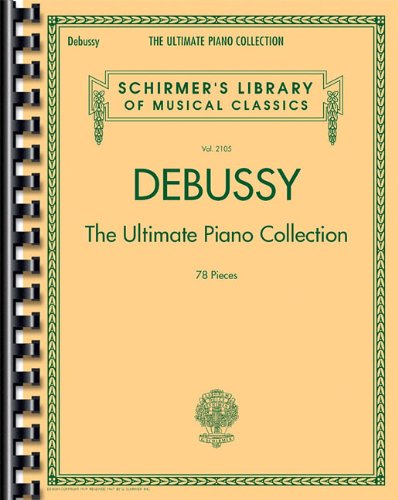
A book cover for Debussy - The Ultimate Piano Collection: Schirmer's Library of Musical Classics Volume 2105; Humor & Entertainment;